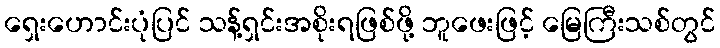
ရှေးဟောင်းပုံပြင် သန့်ရှင်းအစိုးရဖြစ်ဖို့ ဘူဖေးဖြင့် မြေကြီးသစ်တွင်